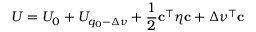
U = U _ { 0 } + U _ { q _ { 0 } - \Delta \nu } + \frac { 1 } { 2 } \mathbf { c } ^ { \top } \boldsymbol { \eta } \mathbf { c } + \Delta \boldsymbol \nu ^ { \top } \mathbf { c }